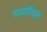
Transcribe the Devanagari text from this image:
सम्बोधि्ात